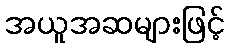
အယူအဆများဖြင့်